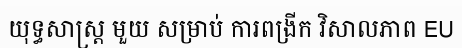
យុទ្ធសាស្ត្រ មួយ សម្រាប់ ការពង្រីក វិសាលភាព EU